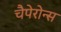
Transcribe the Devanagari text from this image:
चैपेरोन्स